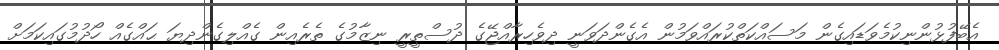
އެބޭފުޅުންނިކުމެވަޑައިގެން މަސައްކަތްކުރައްވަމުން އެގެންދަވަނީ ދިވެހިރާއްޖޭގެ ދުސްތީރީ ނިޒާމުގެ ތެރެއިން ގެއްލިގެންދިޔަ ޙައްގެއް ހޯދުމުގައިކަމަށް